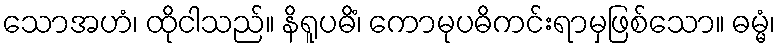
သောအဟံ၊ ထိုငါသည်။ နိရူပဓိံ၊ ကောမုပဓိကင်းရာမှဖြစ်သော။ ဓမ္မံ၊